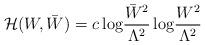
LaTeX: \begin{align*}{\cal H}(W,\bar{W})=c\,{\rm log}\frac{\bar{W}^2}{\Lambda^2}\,{\rm log}\frac{W^2}{\Lambda^2}\end{align*}